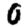
Digit: 0